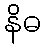
နိဓ